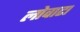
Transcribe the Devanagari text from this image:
लोवाटा